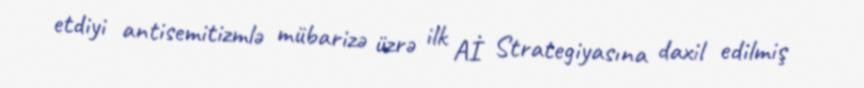
etdiyi antisemitizmlə mübarizə üzrə ilk Aİ Strategiyasına daxil edilmiş